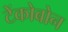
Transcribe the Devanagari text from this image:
टेंकोबोन